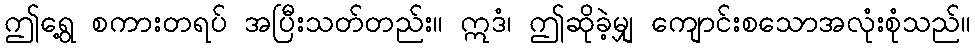
ဤရွေ့ စကားတရပ် အပြီးသတ်တည်း။ ဣဒံ၊ ဤဆိုခဲ့မျှ ကျောင်းစသောအလုံးစုံသည်။